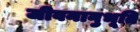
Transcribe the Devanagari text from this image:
जीवनानुभूति